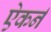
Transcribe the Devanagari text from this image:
ऐकर्न